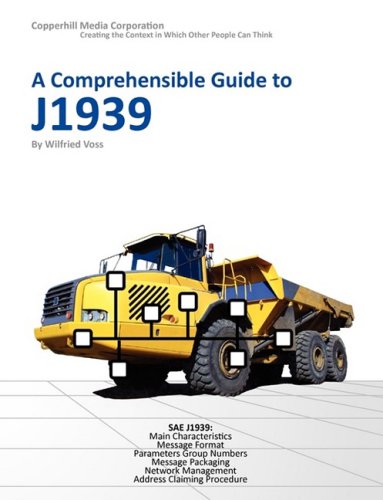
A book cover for A Comprehensible Guide to J1939; Wilfried Voss; Engineering & Transportation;